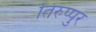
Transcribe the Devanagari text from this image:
तिरुप्पुर